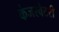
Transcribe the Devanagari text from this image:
कंजरवेटरी